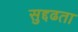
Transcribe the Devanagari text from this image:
सुद्दढता